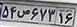
۵۴ص۶۷۳۱۶